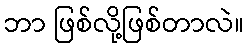
ဘာ ဖြစ်လို့ဖြစ်တာလဲ။